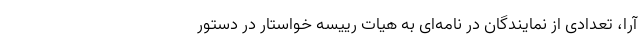
آرا، تعدادی از نمایندگان در نامه‌ای به هیات رییسه خواستار در دستور